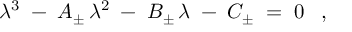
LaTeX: \lambda ^ { 3 } \; - \; A _ { \pm } \, \lambda ^ { 2 } \; - \; B _ { \pm } \, \lambda \; - \; C _ { \pm } \; = \; 0 \; \; \; ,